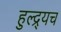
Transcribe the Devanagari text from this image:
हुल्द्र्यच